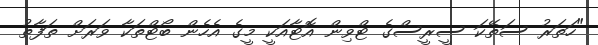
"ހަތަރު ސަތޭކަ ސީރީސްގެ ޓްވިން އޮޓާއަކީ މީގެ އެހެން ބޯޓްތަކާ ވަރަށް ތަފާތު